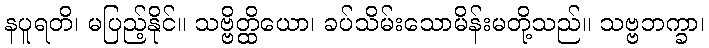
နပူရတိ၊ မပြည့်နိုင်။ သဗ္ဗိတ္ထိယော၊ ခပ်သိမ်းသောမိန်းမတို့သည်။ သဗ္ဗဘက္ခာ၊